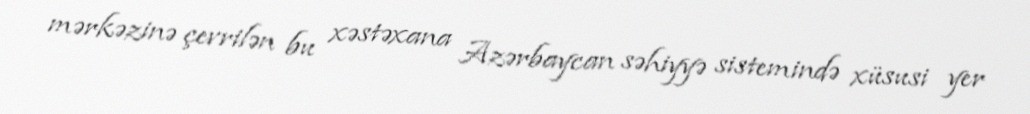
mərkəzinə çevrilən bu xəstəxana Azərbaycan səhiyyə sistemində xüsusi yer